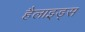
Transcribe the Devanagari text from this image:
हैलाइड्स